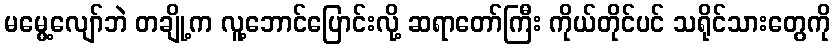
မမွေ့လျော်ဘဲ တချို့က လူ့ဘောင်ပြောင်းလို့ ဆရာတော်ကြီး ကိုယ်တိုင်ပင် သရိုင်သားတွေကို